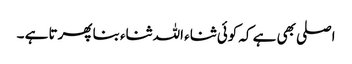
اصلی بھی ہے کہ کوئی ثناء اللہ ثناء بنا پھرتا ہے ۔